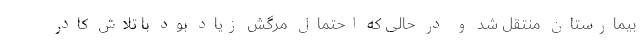
بیمارستان منتقل شد و در حالی که احتمال مرگش زیاد بود با تلاش کادر